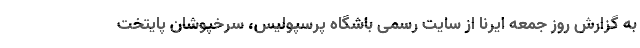
به گزارش روز جمعه ایرنا از سایت رسمی باشگاه پرسپولیس، سرخپوشان پایتخت